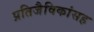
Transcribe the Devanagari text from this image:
प्रतिजैविकांसह